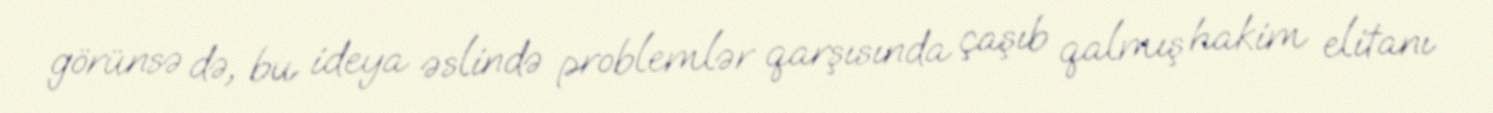
görünsə də, bu ideya əslində problemlər qarşısında çaşıb qalmış hakim elitanı